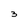
Character: 3